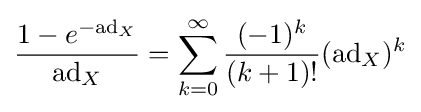
{\frac {1-e^{-\mathrm {ad} _{X}}}{\mathrm {ad} _{X}}}=\sum _{k=0}^{\infty }{\frac {(-1)^{k}}{(k+1)!}}(\mathrm {ad} _{X})^{k}